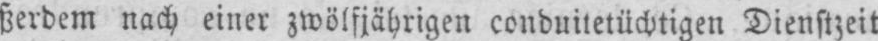
ßerdem nach einer zwölfjährigen conduitetüchtigen Dienstzeit